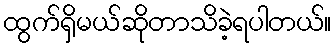
ထွက်ရှိမယ်ဆိုတာသိခဲ့ရပါတယ်။